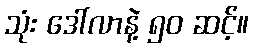
သုံး ဒေါ်လာနဲ့ ၅၀ ဆင့်။